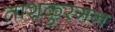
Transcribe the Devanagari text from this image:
ताशकुरगन